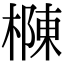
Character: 樄